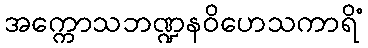
အက္ကောသဘဏ္ဍနဝိဟေသကာရိံ